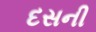
દસની